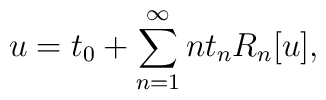
u = t_{0} + \sum_{n=1}^{\infty} n t_{n} R_{n}[u],